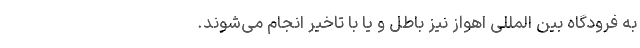
به فرودگاه بین المللی اهواز نیز باطل و یا با تاخیر انجام می‌شوند.